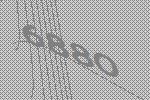
6880